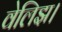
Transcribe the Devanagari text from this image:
वेलिझ।